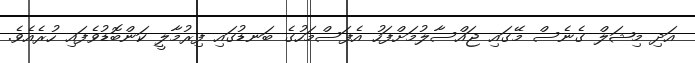
އަދި މިޝަލް ގެނެސް މޭގައި ޖައްސާލުމަށްފަހު އެފަސްމަހުގެ ބަނޑުގައި ފިރުމާލީ ކަންބޮޑުވެފައި ހުރެއެވެ.